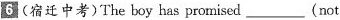
6(宿迁中考)The boy has promised ___ (not